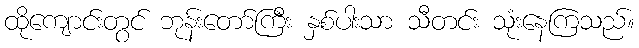
ထိုကျောင်းတွင် ဘုန်းတော်ကြီး နှစ်ပါးသာ သီတင်း သုံးနေကြသည်။